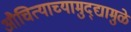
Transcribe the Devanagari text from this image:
औचित्याच्यामुद्द्यामुळे